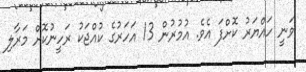
ވަނީ ހައްޔަރު ކޮށްފަ އެވެ. އުމުރުން 13 އަހަރުގެ ކުއްޖަކު ރަހީނުކޮށް މަރާލި